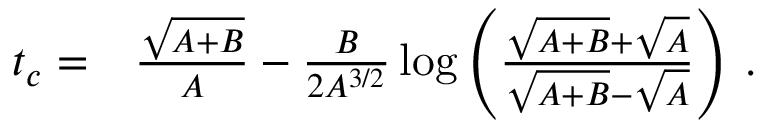
\begin{array} { r l } { t _ { c } = } & { { } \frac { \sqrt { A + B } } { A } - \frac { B } { 2 A ^ { 3 / 2 } } \log \left( \frac { \sqrt { A + B } + \sqrt { A } } { \sqrt { A + B } - \sqrt { A } } \right) \, . } \end{array}